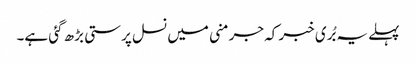
پہلے یہ بُری خبر کہ جرمنی میں نسل پرستی بڑھ گئی ہے۔